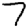
Digit: 7